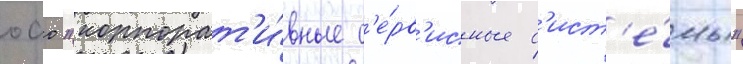
оао "корпорат'и́вные с'е́рв'исные с'ист'е́мы"